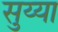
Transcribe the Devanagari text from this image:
सुय्या